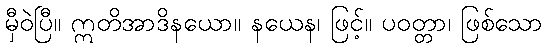
မှီဝဲပြီ။ ဣတိအာဒိနယော။ နယေန၊ ဖြင့်။ ပဝတ္တာ၊ ဖြစ်သော